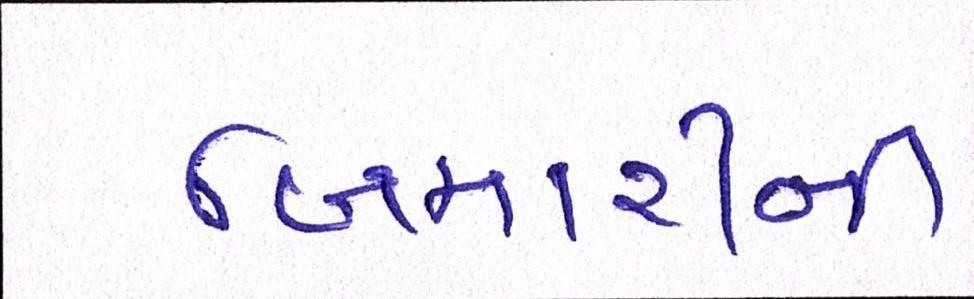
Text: બિમારીની